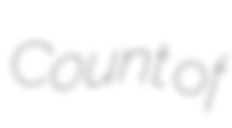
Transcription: Count of